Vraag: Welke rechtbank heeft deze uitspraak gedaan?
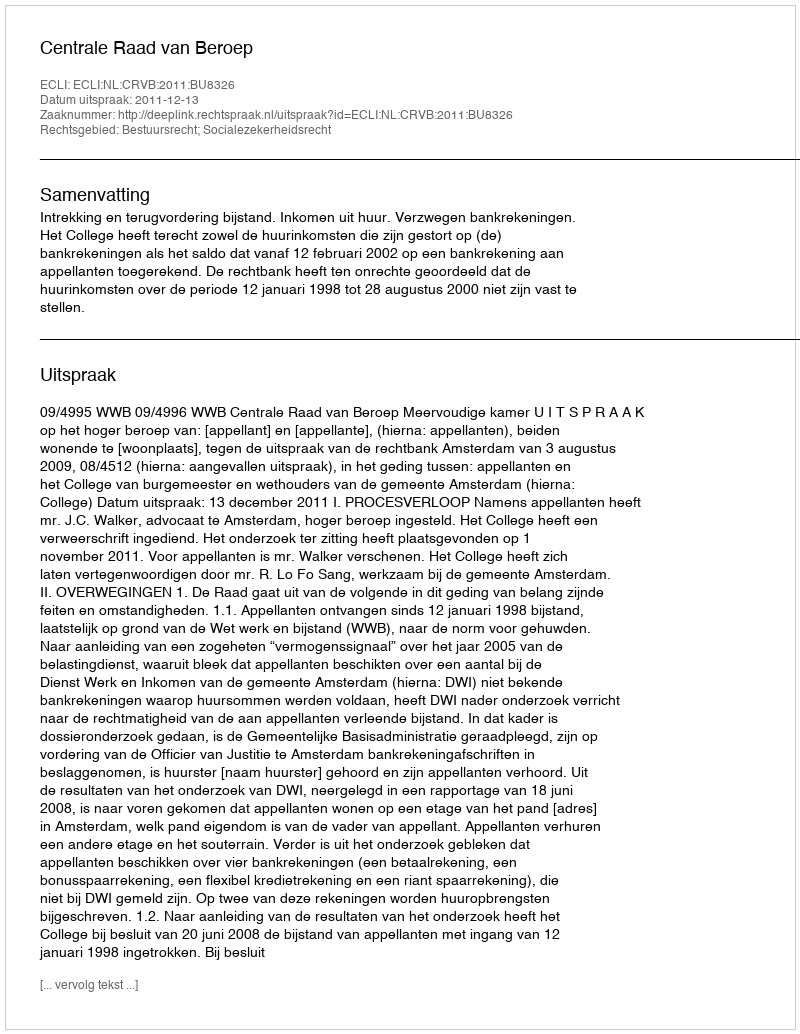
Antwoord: Centrale Raad van Beroep